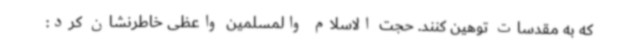
که به مقدسات توهین کنند. حجت الاسلام والمسلمین واعظی خاطرنشان کرد: